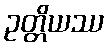
ဥတ္တိယဿ